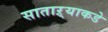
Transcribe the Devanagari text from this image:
साताऱ्याकडे